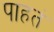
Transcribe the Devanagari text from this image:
पाहतं